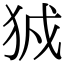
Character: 𤞉